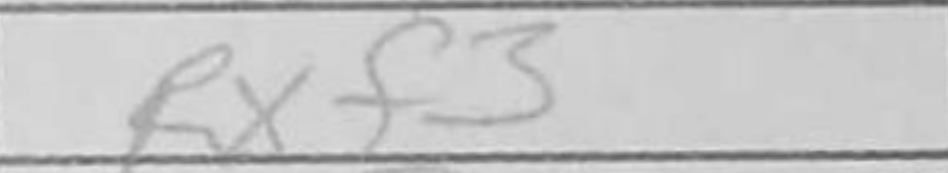
Transcription: Rxf3